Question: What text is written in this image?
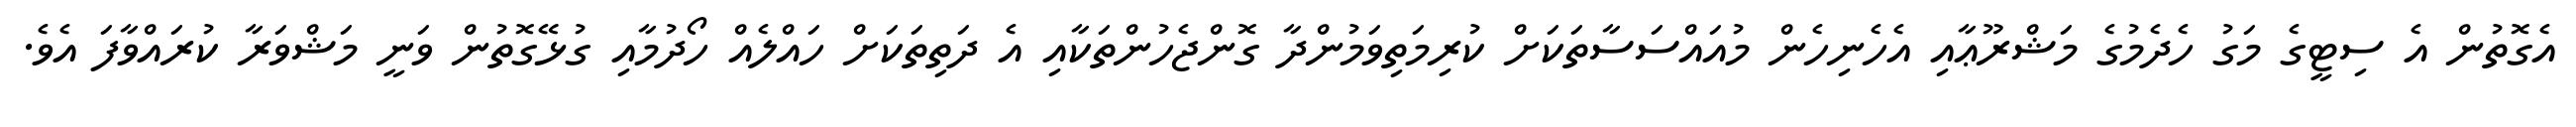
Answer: އެގޮތުން އެ ސިޓީގެ މަގު ހެދެމުގެ މަޝްރޫޢާއި އެހެނިހެން މުއައްސަސާތަކަށް ކުރިމަތިވަމުންދާ ގޮންޖެހުންތަކާއި އެ ދަތިތަކަށް ހައްލެއް ހޯދުމާއި ގުޅޭގޮތުން ވަނީ މަޝްވަރާ ކުރައްވާފަ އެވެ.